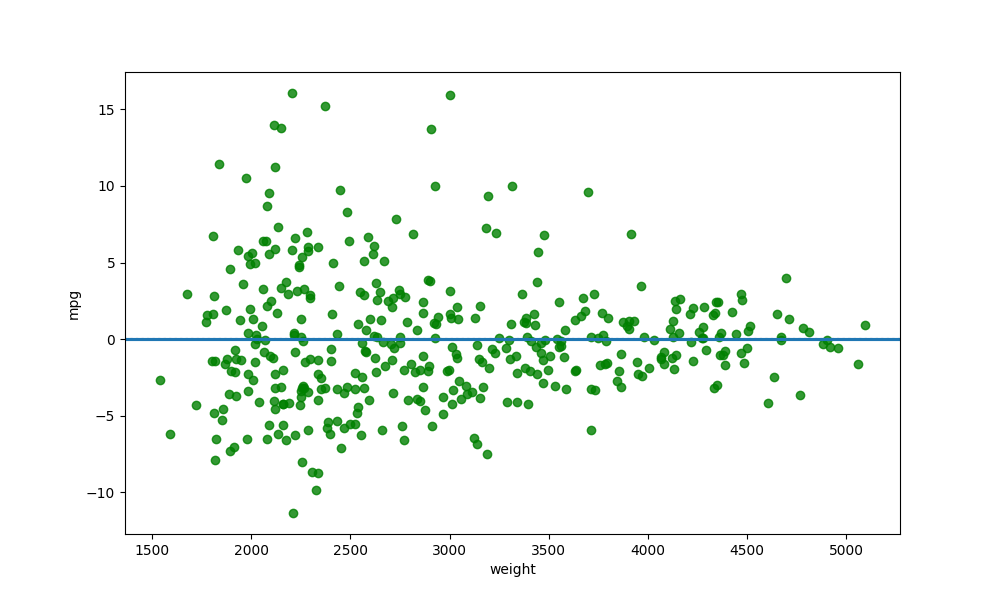
python, seaborn, residplot, lowess=True, scatter_color=green